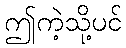
ဤကဲ့သို့ပင်